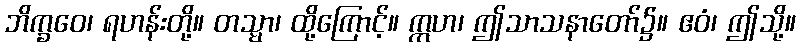
ဘိက္ခဝေ၊ ရဟန်းတို့။ တသ္မာ၊ ထို့ကြောင့်။ ဣဟ၊ ဤသာသနာတော်၌။ ဧဝံ၊ ဤသို့။